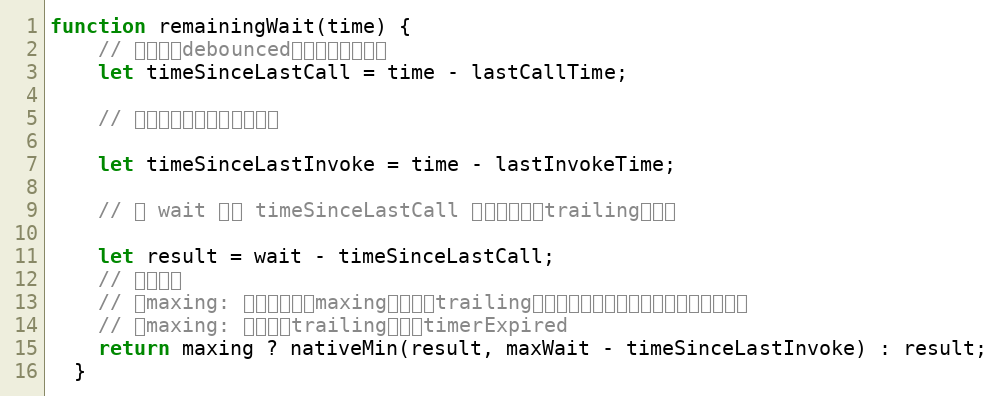
Language: JavaScript
function remainingWait(time) {
    // 距离上次debounced函数被调用的时间
    let timeSinceLastCall = time - lastCallTime;

    // 距离上次函数被执行的时间

    let timeSinceLastInvoke = time - lastInvokeTime;

    // 用 wait 减去 timeSinceLastCall 计算出下一次trailing的位置

    let result = wait - timeSinceLastCall;
    // 两种情况
    // 有maxing: 比较出下一次maxing和下一次trailing的最小值，作为下一次函数要执行的时间
    // 无maxing: 在下一次trailing时执行timerExpired
    return maxing ? nativeMin(result, maxWait - timeSinceLastInvoke) : result;
  }